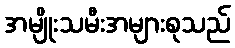
အမျိုးသမီးအများစုသည်